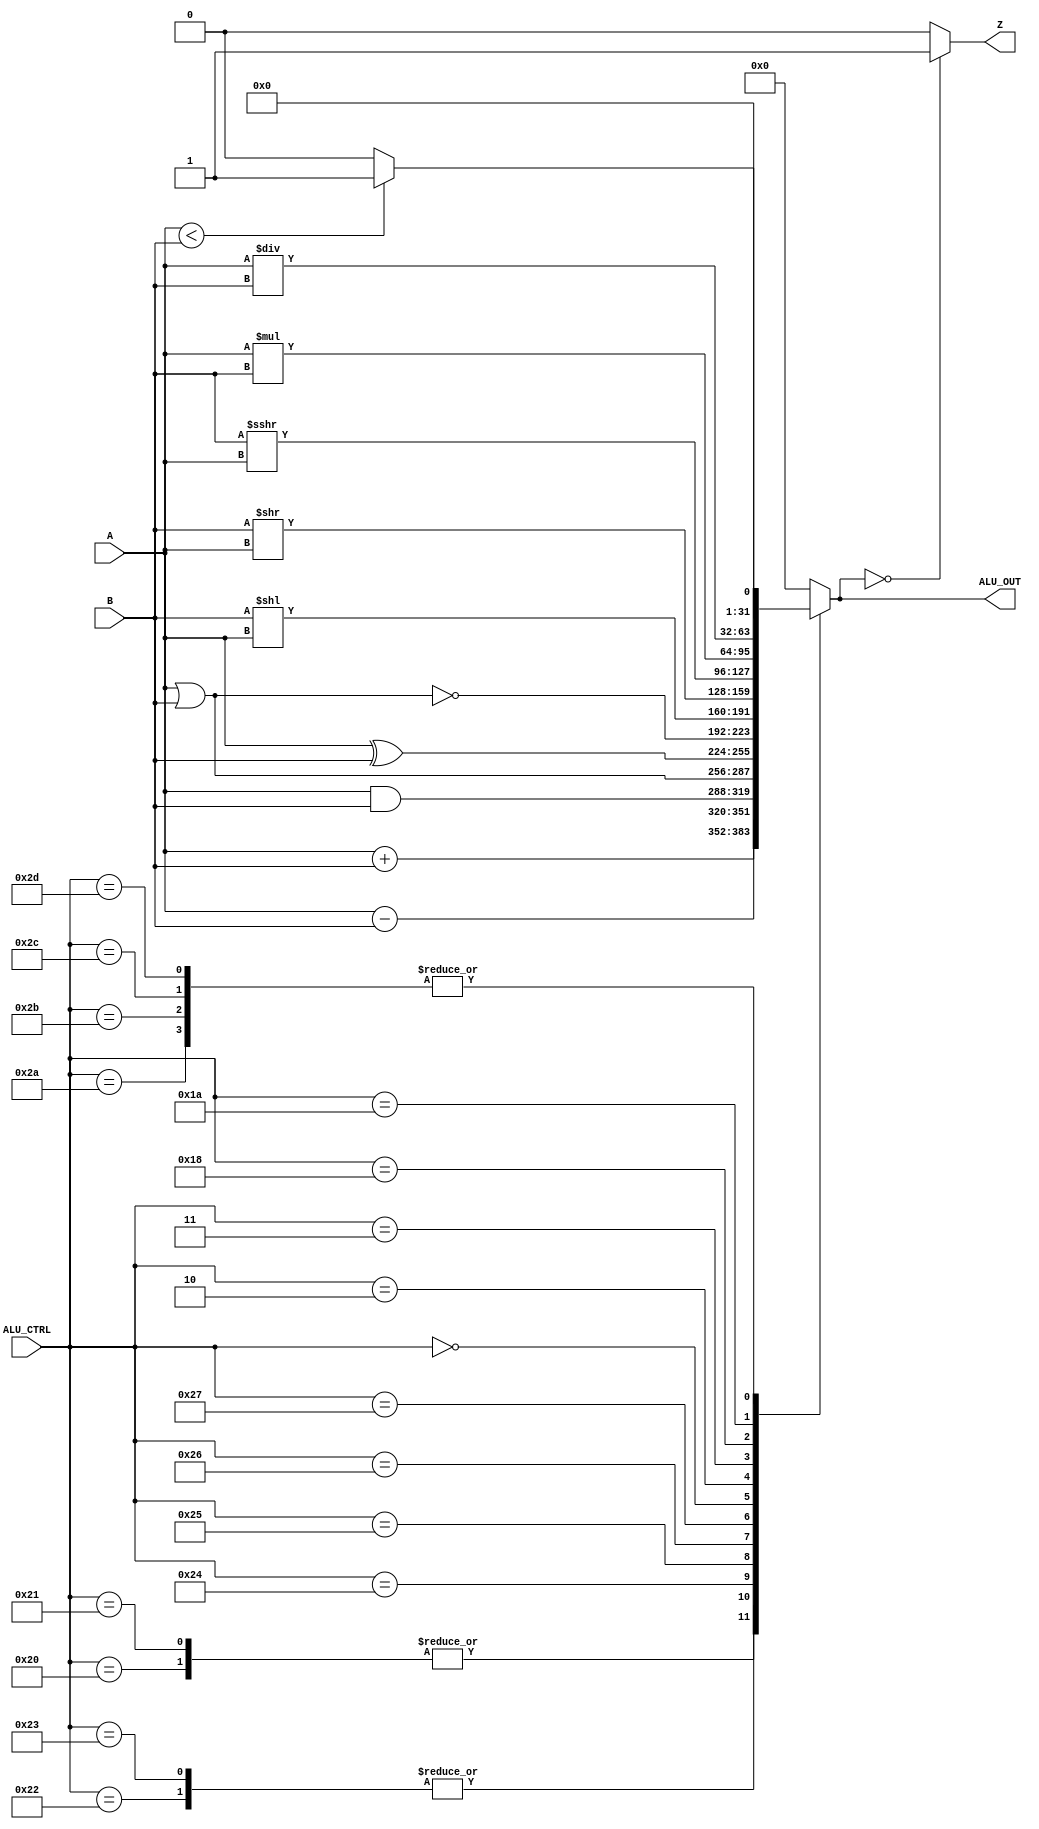
module ALU (
    input [31:0] A,
    input [31:0] B,
    input [5:0] ALU_CTRL,
    output reg [31:0] ALU_OUT,
    output reg Z
);

always @(*) begin
    case (ALU_CTRL)
        6'b100000: ALU_OUT = A + B;      // ADD
        6'b100001: ALU_OUT = A + B;      // ADDU
        6'b100010: ALU_OUT = A - B;      // SUB
        6'b100011: ALU_OUT = A - B;      // SUBU
        6'b100100: ALU_OUT = A & B;      // AND
        6'b100101: ALU_OUT = A | B;      // OR
        6'b100110: ALU_OUT = A ^ B;      // XOR
        6'b100111: ALU_OUT = ~(A | B);   // NOR
        6'b101010: ALU_OUT = (A < B) ? 1 : 0;  // SLT
        6'b101011: ALU_OUT = (A < B) ? 1 : 0;  // SLTU
        6'b000000: ALU_OUT = B << A;     // SLL
        6'b000010: ALU_OUT = B >> A;     // SRL
        6'b000011: ALU_OUT = $signed(B) >>> A; // SRA
        6'b011000: ALU_OUT = A * B;      // MUL
        6'b011010: ALU_OUT = A / B;      // DIV
        6'b101100: ALU_OUT = (A < $signed(B)) ? 1 : 0;  // SLTI
        6'b101101: ALU_OUT = (A < $unsigned(B)) ? 1 : 0; // SLTIU
        default: ALU_OUT = 32'b0;
    endcase
    
    Z = (ALU_OUT == 32'b0) ? 1 : 0;
end

endmodule